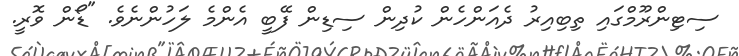
ސިޓިންރޫމްގައި ތިބިއިރު ދެއަންހެން ކުދިން ސިޑިން ފޭބީ އެންމެ ލަހުންނެވެ. "ޑޯން ވޮރީ.